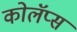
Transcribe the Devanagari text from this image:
कोलॅप्स